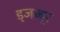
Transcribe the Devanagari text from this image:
ड्जब्बूर